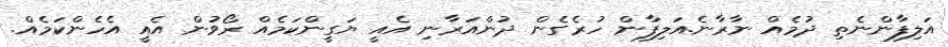
އަލިފާންނެތި ދުމެއް ނާރާނެ.އަލިފާން ހުރެގެން ދުންއަރާނި އެއީ ޔަގީންކަމެއް ރޯވުން އެއީ އެހެންކަމެއް.